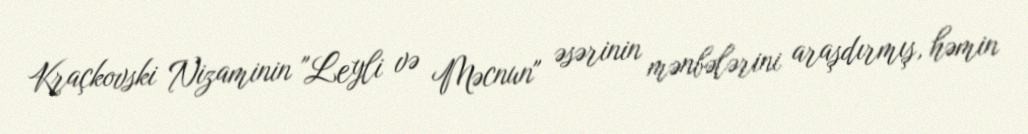
Kraçkovski Nizaminin "Leyli və Məcnun" əsərinin mənbələrini araşdırmış, həmin